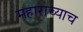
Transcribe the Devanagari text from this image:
महाराच्याच